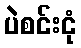
ပဲစင်းငုံ